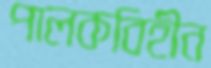
পালকবিহীন